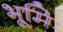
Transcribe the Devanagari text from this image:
भूमिः